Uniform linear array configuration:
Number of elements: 32
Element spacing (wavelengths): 0.5
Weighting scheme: exponential
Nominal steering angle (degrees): -60
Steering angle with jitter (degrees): -61.753
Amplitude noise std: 0.05
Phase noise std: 0.05

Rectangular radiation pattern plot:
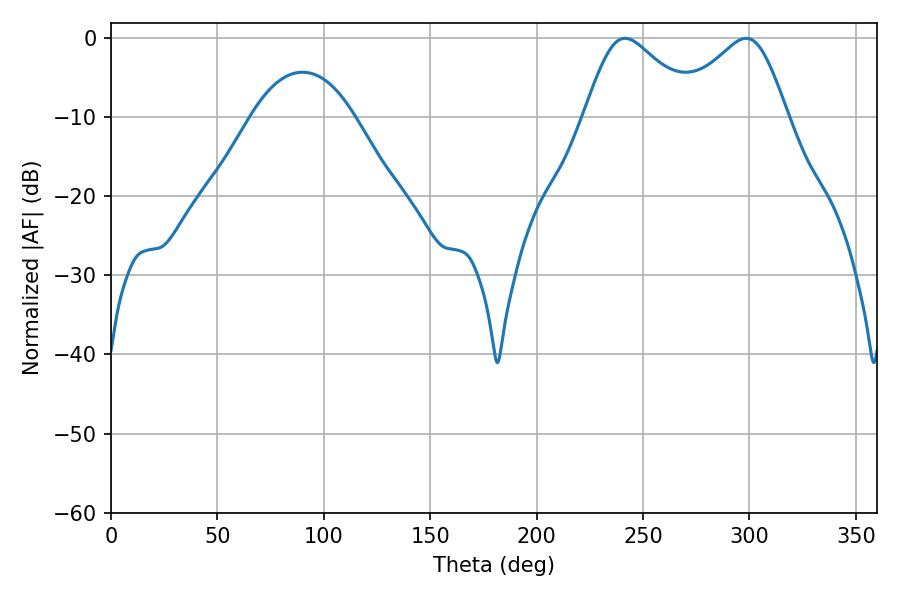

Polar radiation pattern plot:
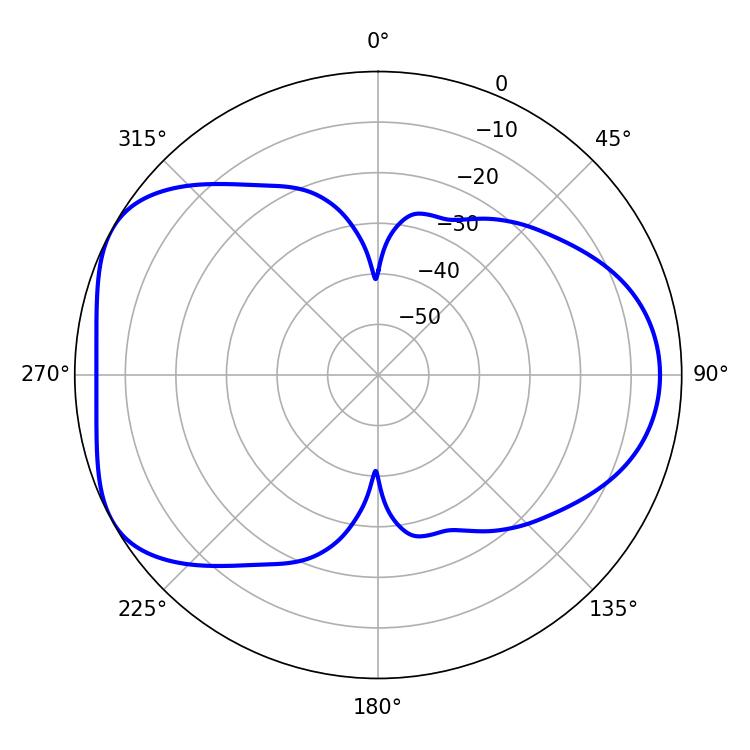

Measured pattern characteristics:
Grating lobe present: FALSE
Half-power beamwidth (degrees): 26.28
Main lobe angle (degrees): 298.44